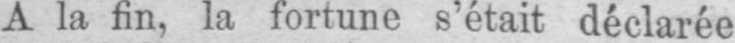
A la fin, la fortune s’était déclarée